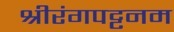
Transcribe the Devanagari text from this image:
श्रीरंगपट्टनम